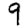
Digit: 9